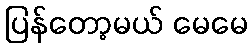
ပြန်တော့မယ် မေမေ